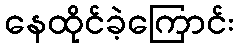
နေထိုင်ခဲ့ကြောင်း